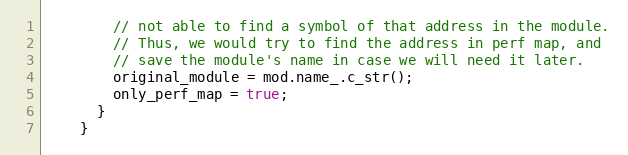
Language: C++
        // not able to find a symbol of that address in the module.
        // Thus, we would try to find the address in perf map, and
        // save the module's name in case we will need it later.
        original_module = mod.name_.c_str();
        only_perf_map = true;
      }
    }